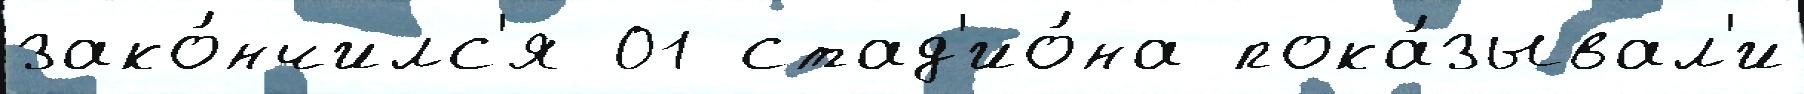
зако́нчилс'я 01 стад'ио́на пока́зывал'и